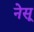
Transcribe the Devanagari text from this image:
नेसू